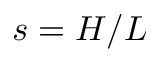
s = H / L